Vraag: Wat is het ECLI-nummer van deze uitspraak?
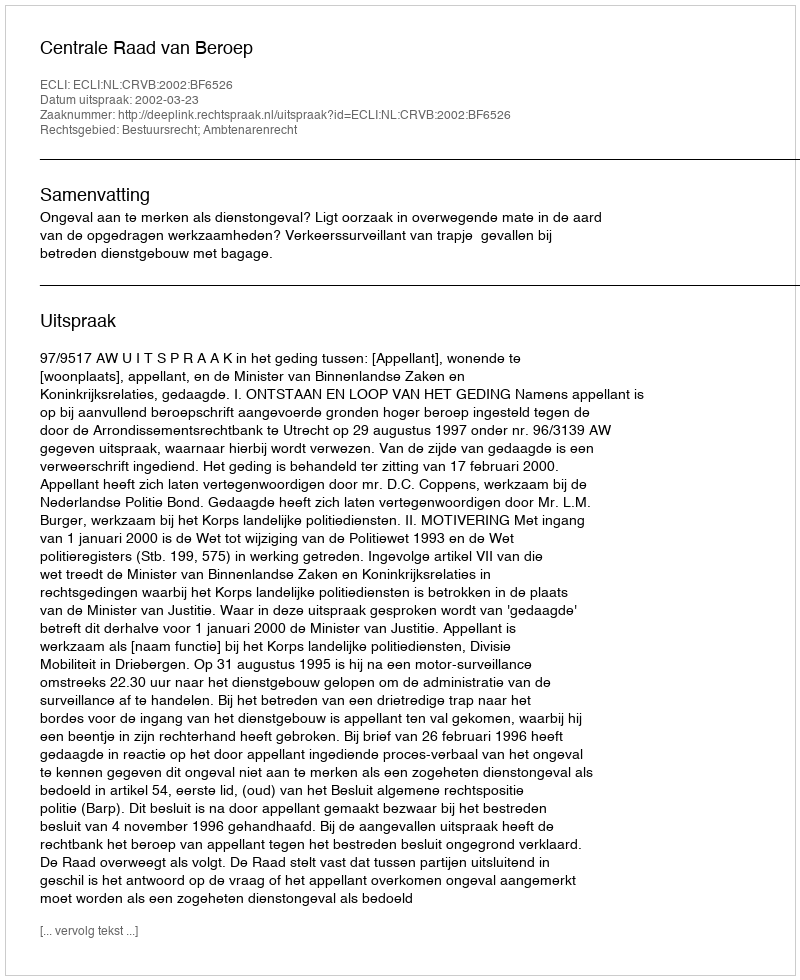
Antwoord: ECLI:NL:CRVB:2002:BF6526